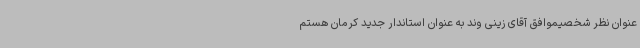
عنوان نظر شخصیموافق آقای زینی وند به عنوان استاندار جدید کرمان هستم